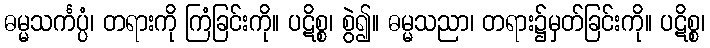
ဓမ္မသင်္ကပ္ပံ၊ တရားကို ကြံခြင်းကို။ ပဋိစ္စ၊ စွဲ၍။ ဓမ္မသညာ၊ တရား၌မှတ်ခြင်းကို။ ပဋိစ္စ၊